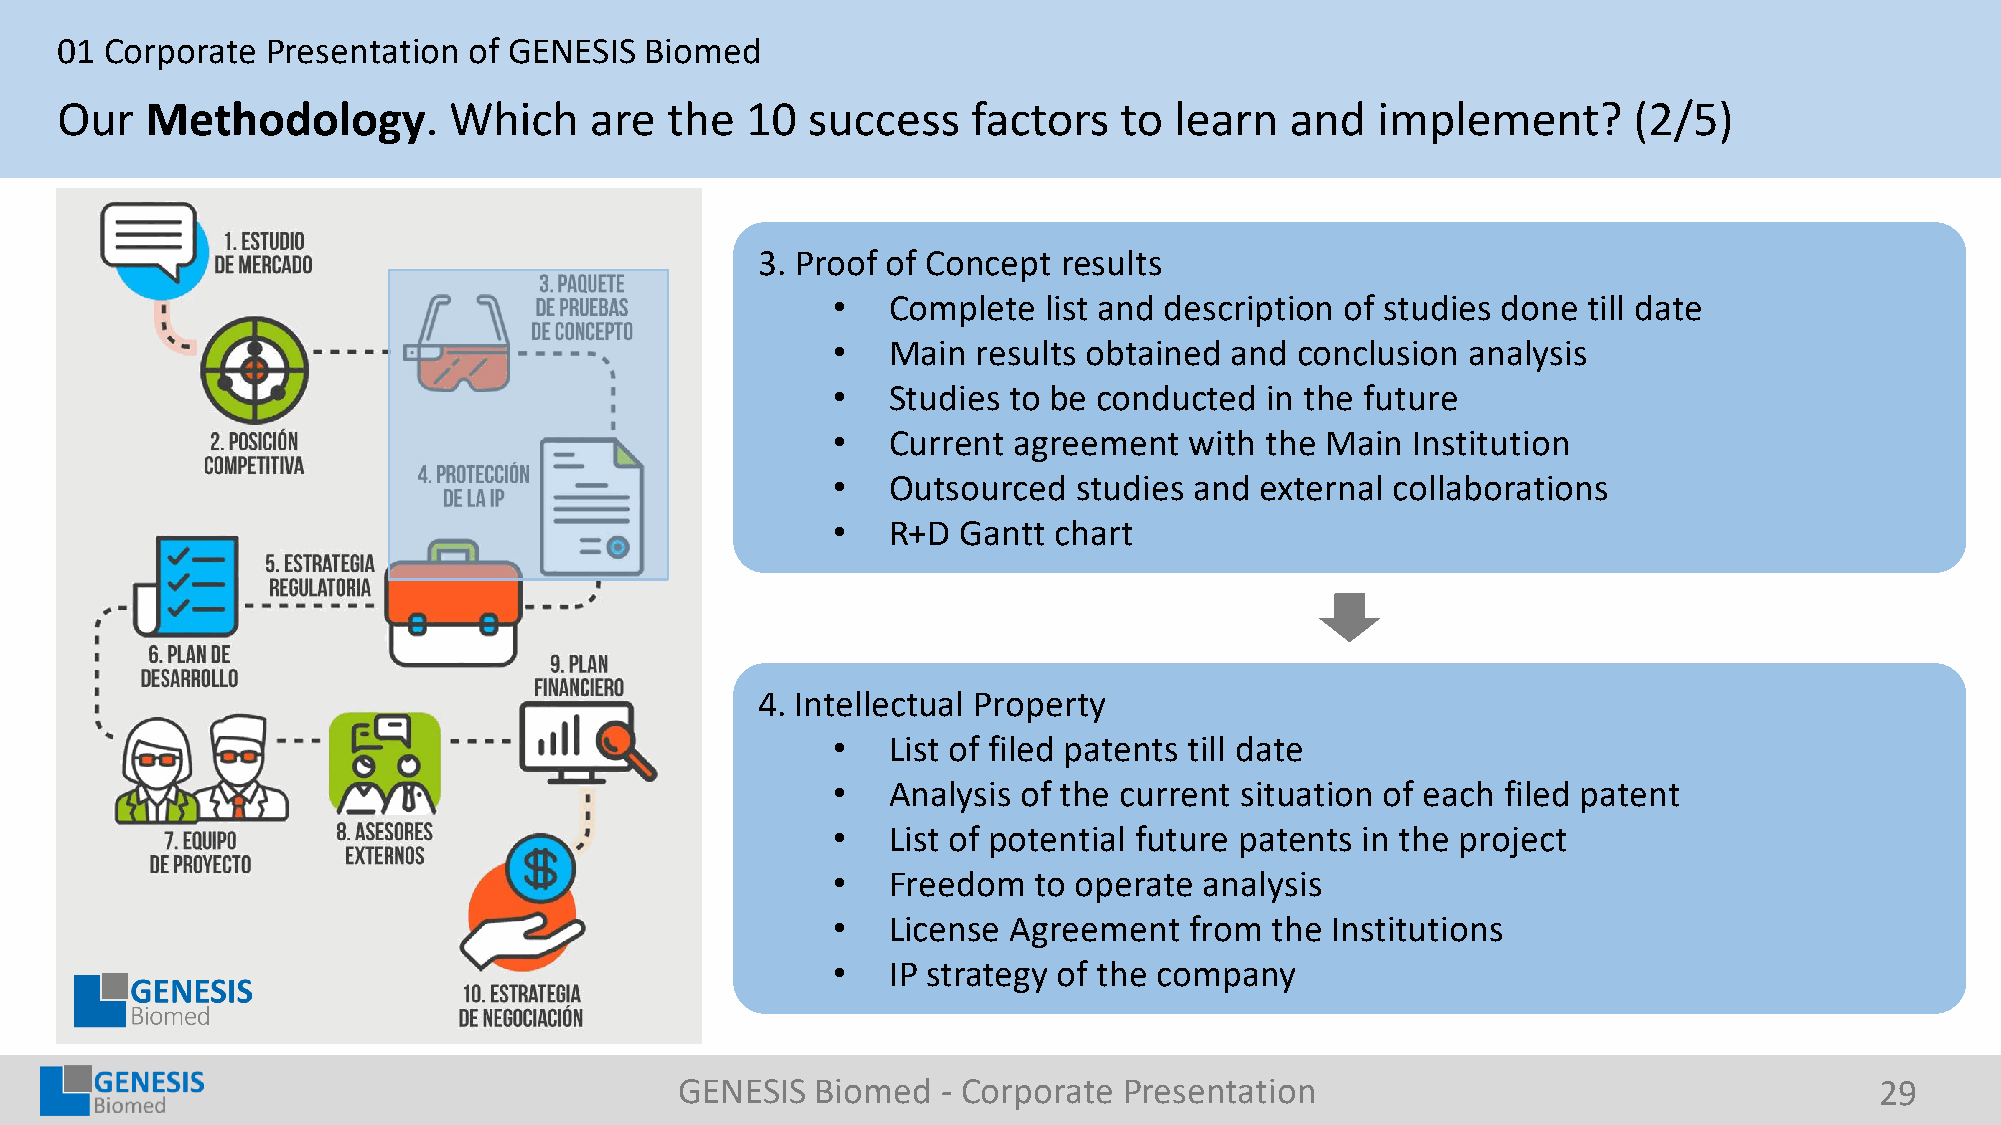
01 Corporate  Presentation of GENESIS  Biomed
 Our   Methodology.        Which    are  the  10  success    factors   to  learn  and   implement?       (2/5)
 3. Proof of Concept results
 •   Complete  list and description of studies done till date
 •   Main  results obtained and conclusion analysis
 •   Studies to be conducted  in the future
 •   Current agreement   with the Main Institution
 •   Outsourced  studies and external collaborations
 •   R+D  Gantt chart
 4. Intellectual Property
 •   List of filed patents till date
 •   Analysis of the current situation of each filed patent
 •   List of potential future patents in the project
 •   Freedom  to operate  analysis
 •   License Agreement   from the Institutions
 •   IP strategy of the company
 GENESIS  Biomed  - Corporate Presentation                                      29